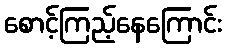
စောင့်ကြည့်နေကြောင်း